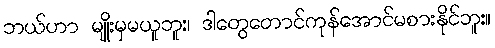
ဘယ်ဟာ မျိုးမှမယူဘူး၊ ဒါတွေတောင်ကုန်အောင်မစားနိုင်ဘူး။